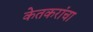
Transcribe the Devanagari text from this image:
केतकरांचा